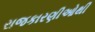
રાજકારણીઓથી